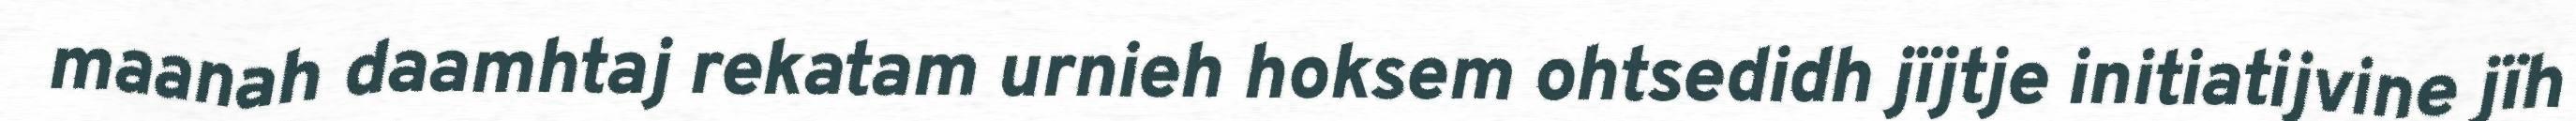
maanah daamhtaj rekatam urnieh hoksem ohtsedidh jïjtje initiatijvine jïh